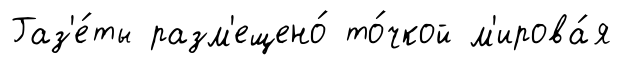
Газ'е́ты разм'ещено́ то́чкой м'ирова́я